Vaccination in the Punjab 1919-1929 - 1919-1929
Year: 1919
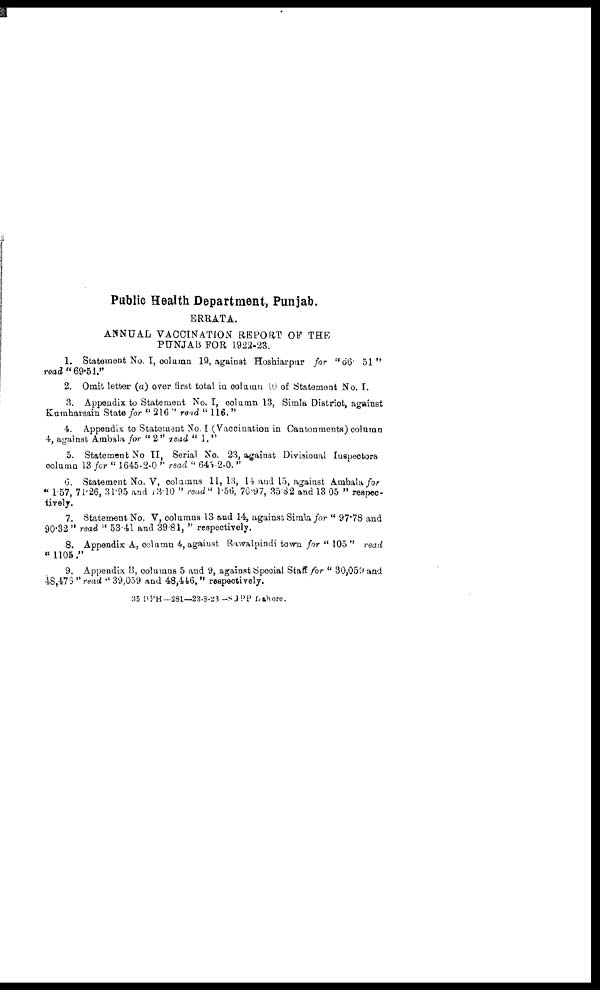
Public Health Department, Punjab.
ERRATA.
ANNUAL VACCINATION REPORT OF THE
PUNJAB FOR 1922-23.
1. Statement No. I, column 19, against Hoshiarpur for "06 51"
read "69.51."
2. Omit letter (a) over first total in column 10 of Statement No. I.
3. Appendix to Statemeat No. I, column 13, Simla District, against
Kumharsain State for " 216 " read " 116. "
4. Appendix to Statement No I (Vaccination in Cantonments) column
4, against Ambala for " 2" read " 1. "
5. Statement No II, Serial No. 23, against Divisional Inspectors
column 13 for " 1645-2-0 " read " 645-2-0. "
6. Statement No. V, columns 11, 13, 14 and 15, against Ambala for
" 1 57, 71.26, 31.95 and 13.10 " read" 1.56, 70.97, 35.82 and 13.05 " respec-
tively.
7. Statement No. V, columns 13 and 14, against Simla for " 97.78 and
90.32" read " 53.41 and 39.81, " respectively.
8. Appendix A, column 4, against Rawalpindi town for " 105 " read
"1105."
9. Appendix B, columns 5 and 9, against Special Staff for " 30,059 and
48,476 " read " 39,059 and 48,446, " respectively.
35 DPH—381—23-8-23-SGPP Lahore.